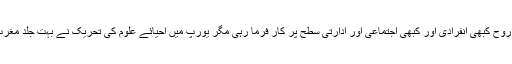
عالم اسلام میں اسلام کی یہ اجتہادی روح کبھی انفرادی اور کبھی اجتماعی اور ادارتی سطح پر کار فرما رہی مگر یورپ میں احیائے علوم کی تحریک نے بہت جلد مغرب کو ایک صنعتی قوت میں بدل دیا۔